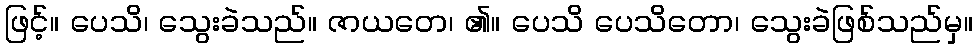
ဖြင့်။ ပေသိ၊ သွေးခဲသည်။ ဇာယတေ၊ ၏။ ပေသိ ပေသိတော၊ သွေးခဲဖြစ်သည်မှ။